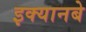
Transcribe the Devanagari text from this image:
इक्यानबे